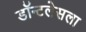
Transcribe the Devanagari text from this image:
डॉन्टलेसला